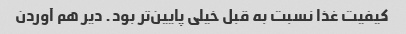
کیفیت غذا نسبت به قبل خیلی پایین‌تر بود. دیر هم آوردن